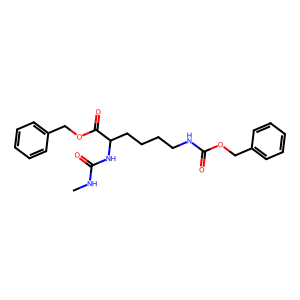
SMILES: CNC(=O)NC(CCCCNC(=O)OCc1ccccc1)C(=O)OCc1ccccc1
Inhibits HIV replication: No